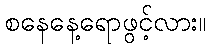
စနေနေ့ရောဖွင့်လား။